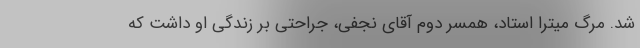
شد. مرگ میترا استاد، همسر دوم آقای نجفی، جراحتی بر زندگی او داشت که